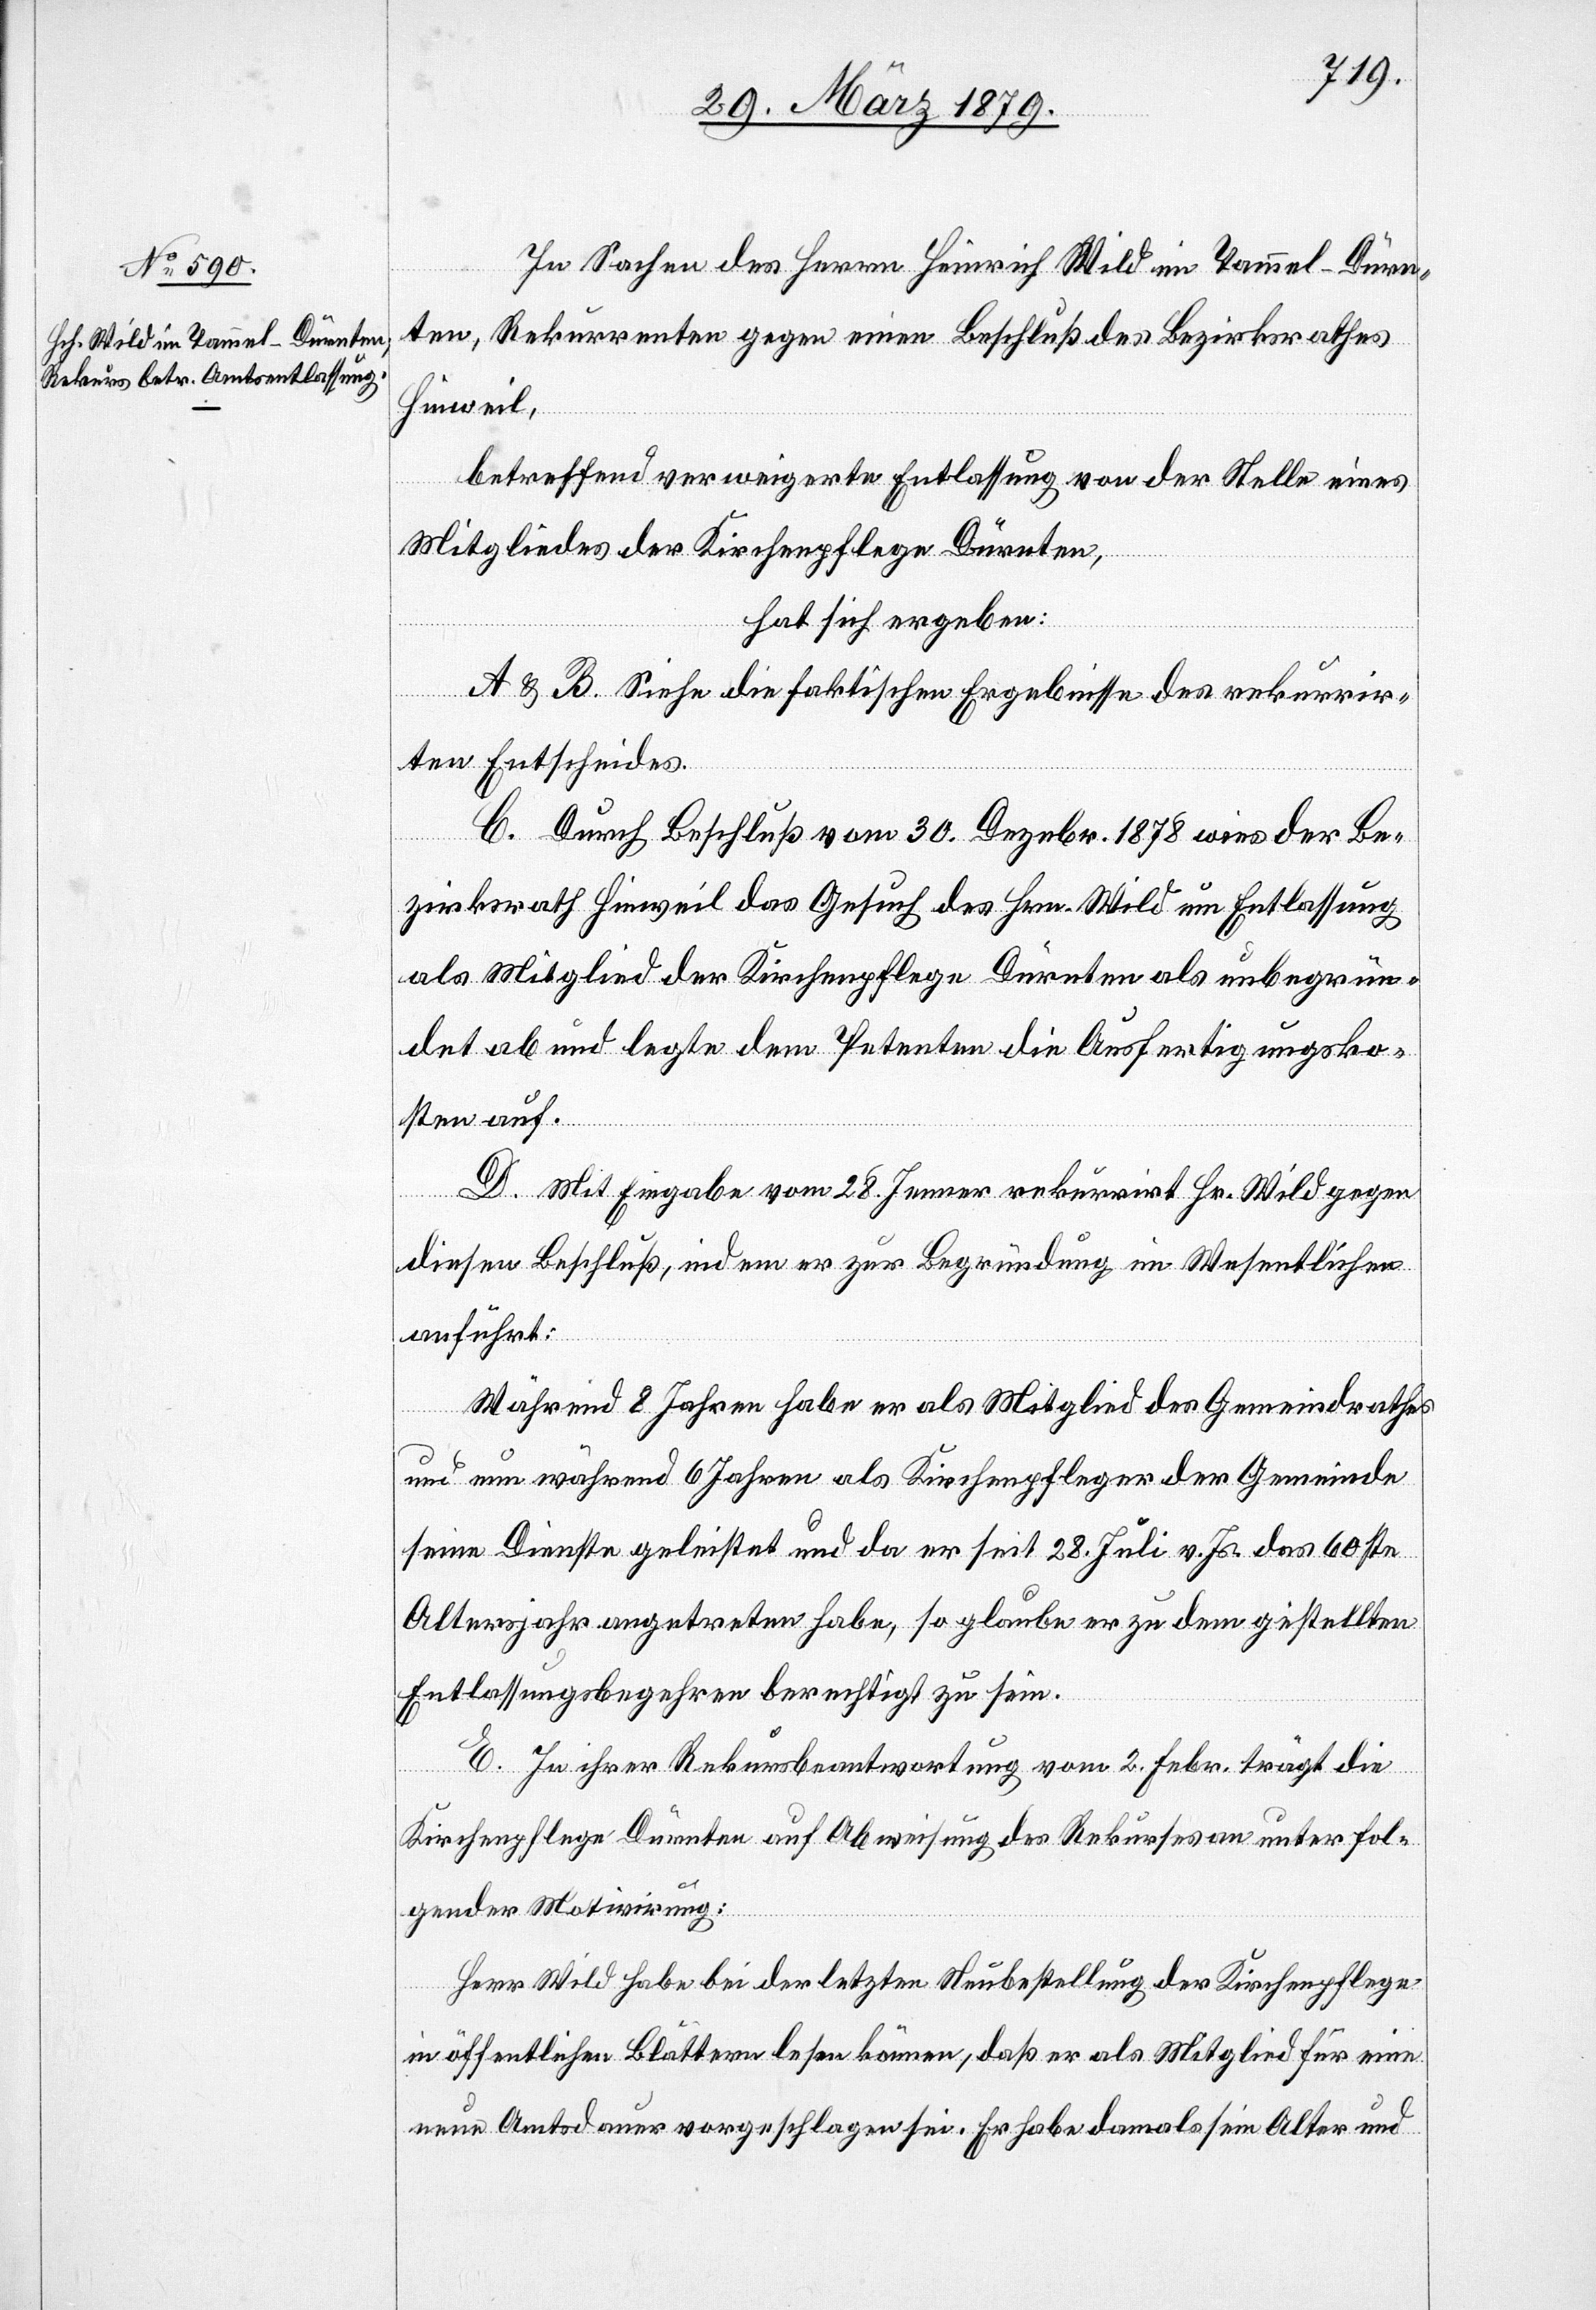
In Sachen des Herrn Heinrich Wild im Tammel - Dürn¬
ten, Rekurrenten gegen einen Beschluß des Bezirksrathes
Hinweil,
betreffend verweigerte Entlassung von der Stelle eines
Mitgliedes der Kirchenpflege Dürnten,
hat sich ergeben:
A & B. Siehe die faktischen Ergebnisse des rekurrir¬
ten Entscheides.
C. Durch Beschluß vom 30. Dezebr. 1878 wies der Be¬
zirksrath Hinweil das Gesuch des Hrn. Wild um Entlassung
als Mitglied der Kirchenpflege Dürnten als unbegrün¬
det ab und legte dem Petenten die Ausfertigungsko¬
sten auf.
D. Mit Eingabe vom 28. Jenner rekurrirt Hr. Wild gegen
diesen Beschluß, indem er zur Begründung im Wesentlichen
anführt:
Während 8 Jahren habe er als Mitglied des Gemeindrathes
und nun während 6 Jahren als Kirchenpfleger der Gemeinde
seine Dienste geleistet und da er seit 28. Juli v. Js. das 60ste
Altersjahr angetreten habe, so glaube er zu dem gestellten
Entlassungsbegehren berechtigt zu sein.
E. In ihrer Rekursbeantwortung vom 2. Febr. trägt die
Kirchenpflege Dürnten auf Abweisung des Rekurses an unter fol¬
gender Motivierung:
Herr Wild habe bei der letzten Neubestellung der Kirchenpflege
in öffentlichen Blättern lesen können, daß er als Mitglied für eine
neue Amtsdauer vorgeschlagen sei. Er habe damals sein Alter und